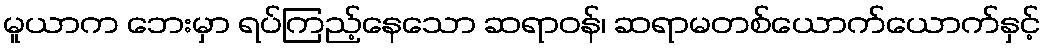
မူယာက ဘေးမှာ ရပ်ကြည့်နေသော ဆရာဝန်၊ ဆရာမတစ်ယောက်ယောက်နှင့်